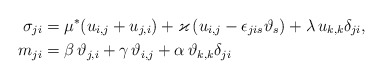
\begin{align*}{\sigma}_{ji} &=\mu^*( u_{i,j}+u_{j,i})+\varkappa\, (u_{i,j}-\epsilon_{jis}\vartheta_s)+\lambda \, u_{k,k}\delta_{ji},\\*m _{ji}&=\beta\, \vartheta_{j,i}+\gamma\,\vartheta_{i,j}+ \alpha \, \vartheta_{k,k}\delta_{ji} \, \end{align*}